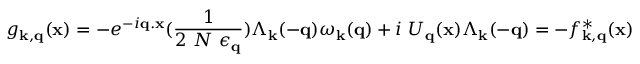
g _ { { \bf { k } } , { \bf { q } } } ( { \bf { x } } ) = - e ^ { - i { \bf { q . x } } } ( \frac { 1 } { 2 \mathrm { ~ } N \mathrm { ~ } \epsilon _ { { \bf { q } } } } ) \Lambda _ { { \bf { k } } } ( - { \bf { q } } ) \omega _ { { \bf { k } } } ( { \bf { q } } ) + i \mathrm { ~ } U _ { { \bf { q } } } ( { \bf { x } } ) \Lambda _ { { \bf { k } } } ( - { \bf { q } } ) = - f _ { { \bf { k } } , { \bf { q } } } ^ { * } ( { \bf { x } } )